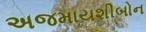
અજમાયશીબોન